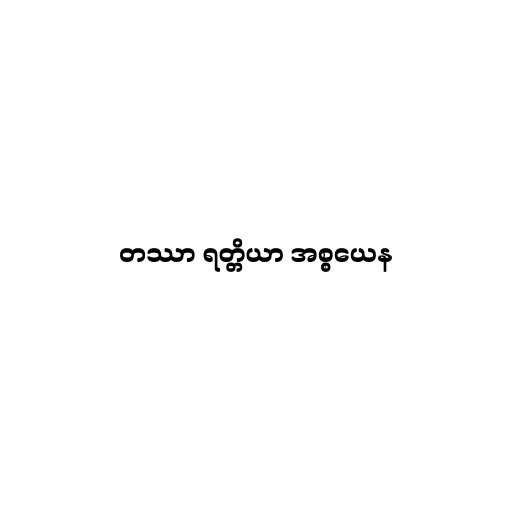
တဿာ ရတ္တိယာ အစ္စယေန